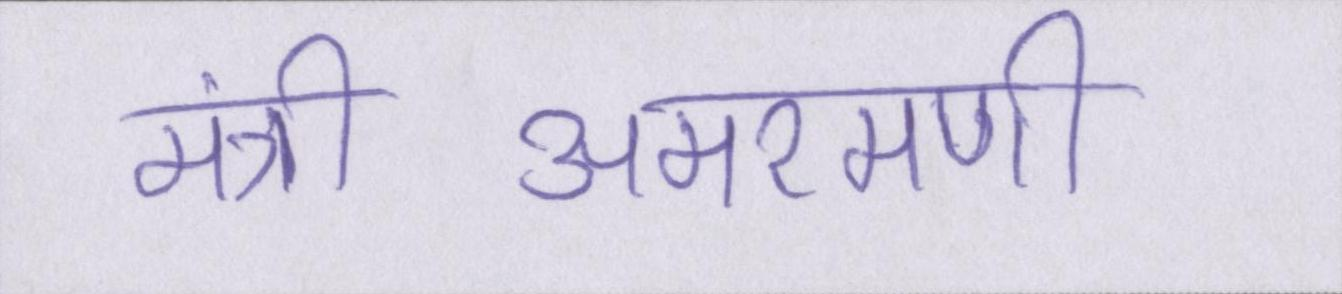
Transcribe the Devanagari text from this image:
मंत्रीअमरमणी